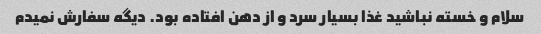
سلام و خسته نباشید غذا بسیار سرد و از دهن افتاده بود. دیگه سفارش نمیدم